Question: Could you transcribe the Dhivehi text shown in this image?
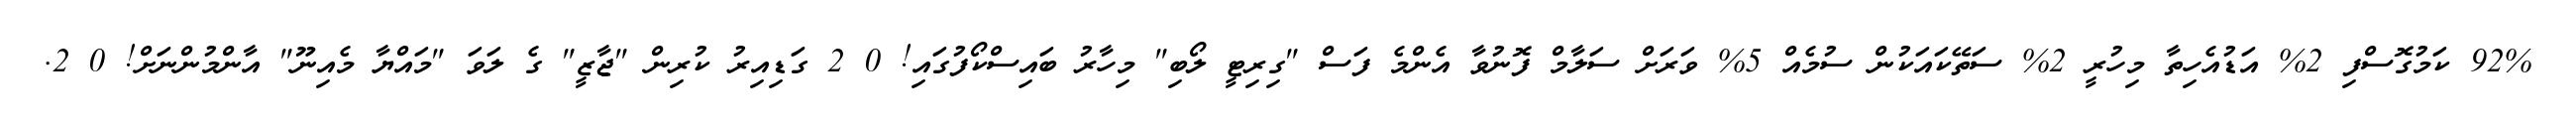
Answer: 92% ކަމުގޮސްފި 2% އަޑުއެހިތާ މިހުރީ 2% ސަތޭކައަކުން ސުމެއް 5% ވަރަށް ސަލާމް ފޮނުވާ އެންމެ ފަސް "ގިރިޓީ ލޯބި" މިހާރު ބައިސްކޯފުގައި! 0 2 ގަޑިއިރު ކުރިން "ޖާޒީ" ގެ ލަވަ "މައްޔާ މެއިނޫ" އާންމުންނަށް! 0 2.